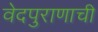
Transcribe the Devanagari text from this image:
वेदपुराणाची